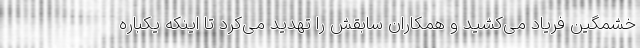
خشمگین فریاد می‌کشید و همکاران سابقش را تهدید می‌کرد تا اینکه یکباره